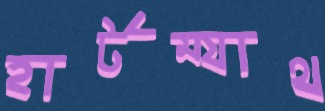
হার্টম্যাথ